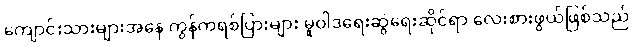
ကျောင်းသားများအနေ ကွန်ကရစ်ပြားများ မူဝါဒရေးဆွဲရေးဆိုင်ရာ လေးစားဖွယ်ဖြစ်သည်